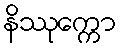
နိဿုက္ကော